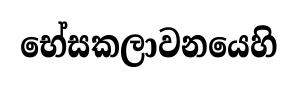
භේසකලාවනයෙහි